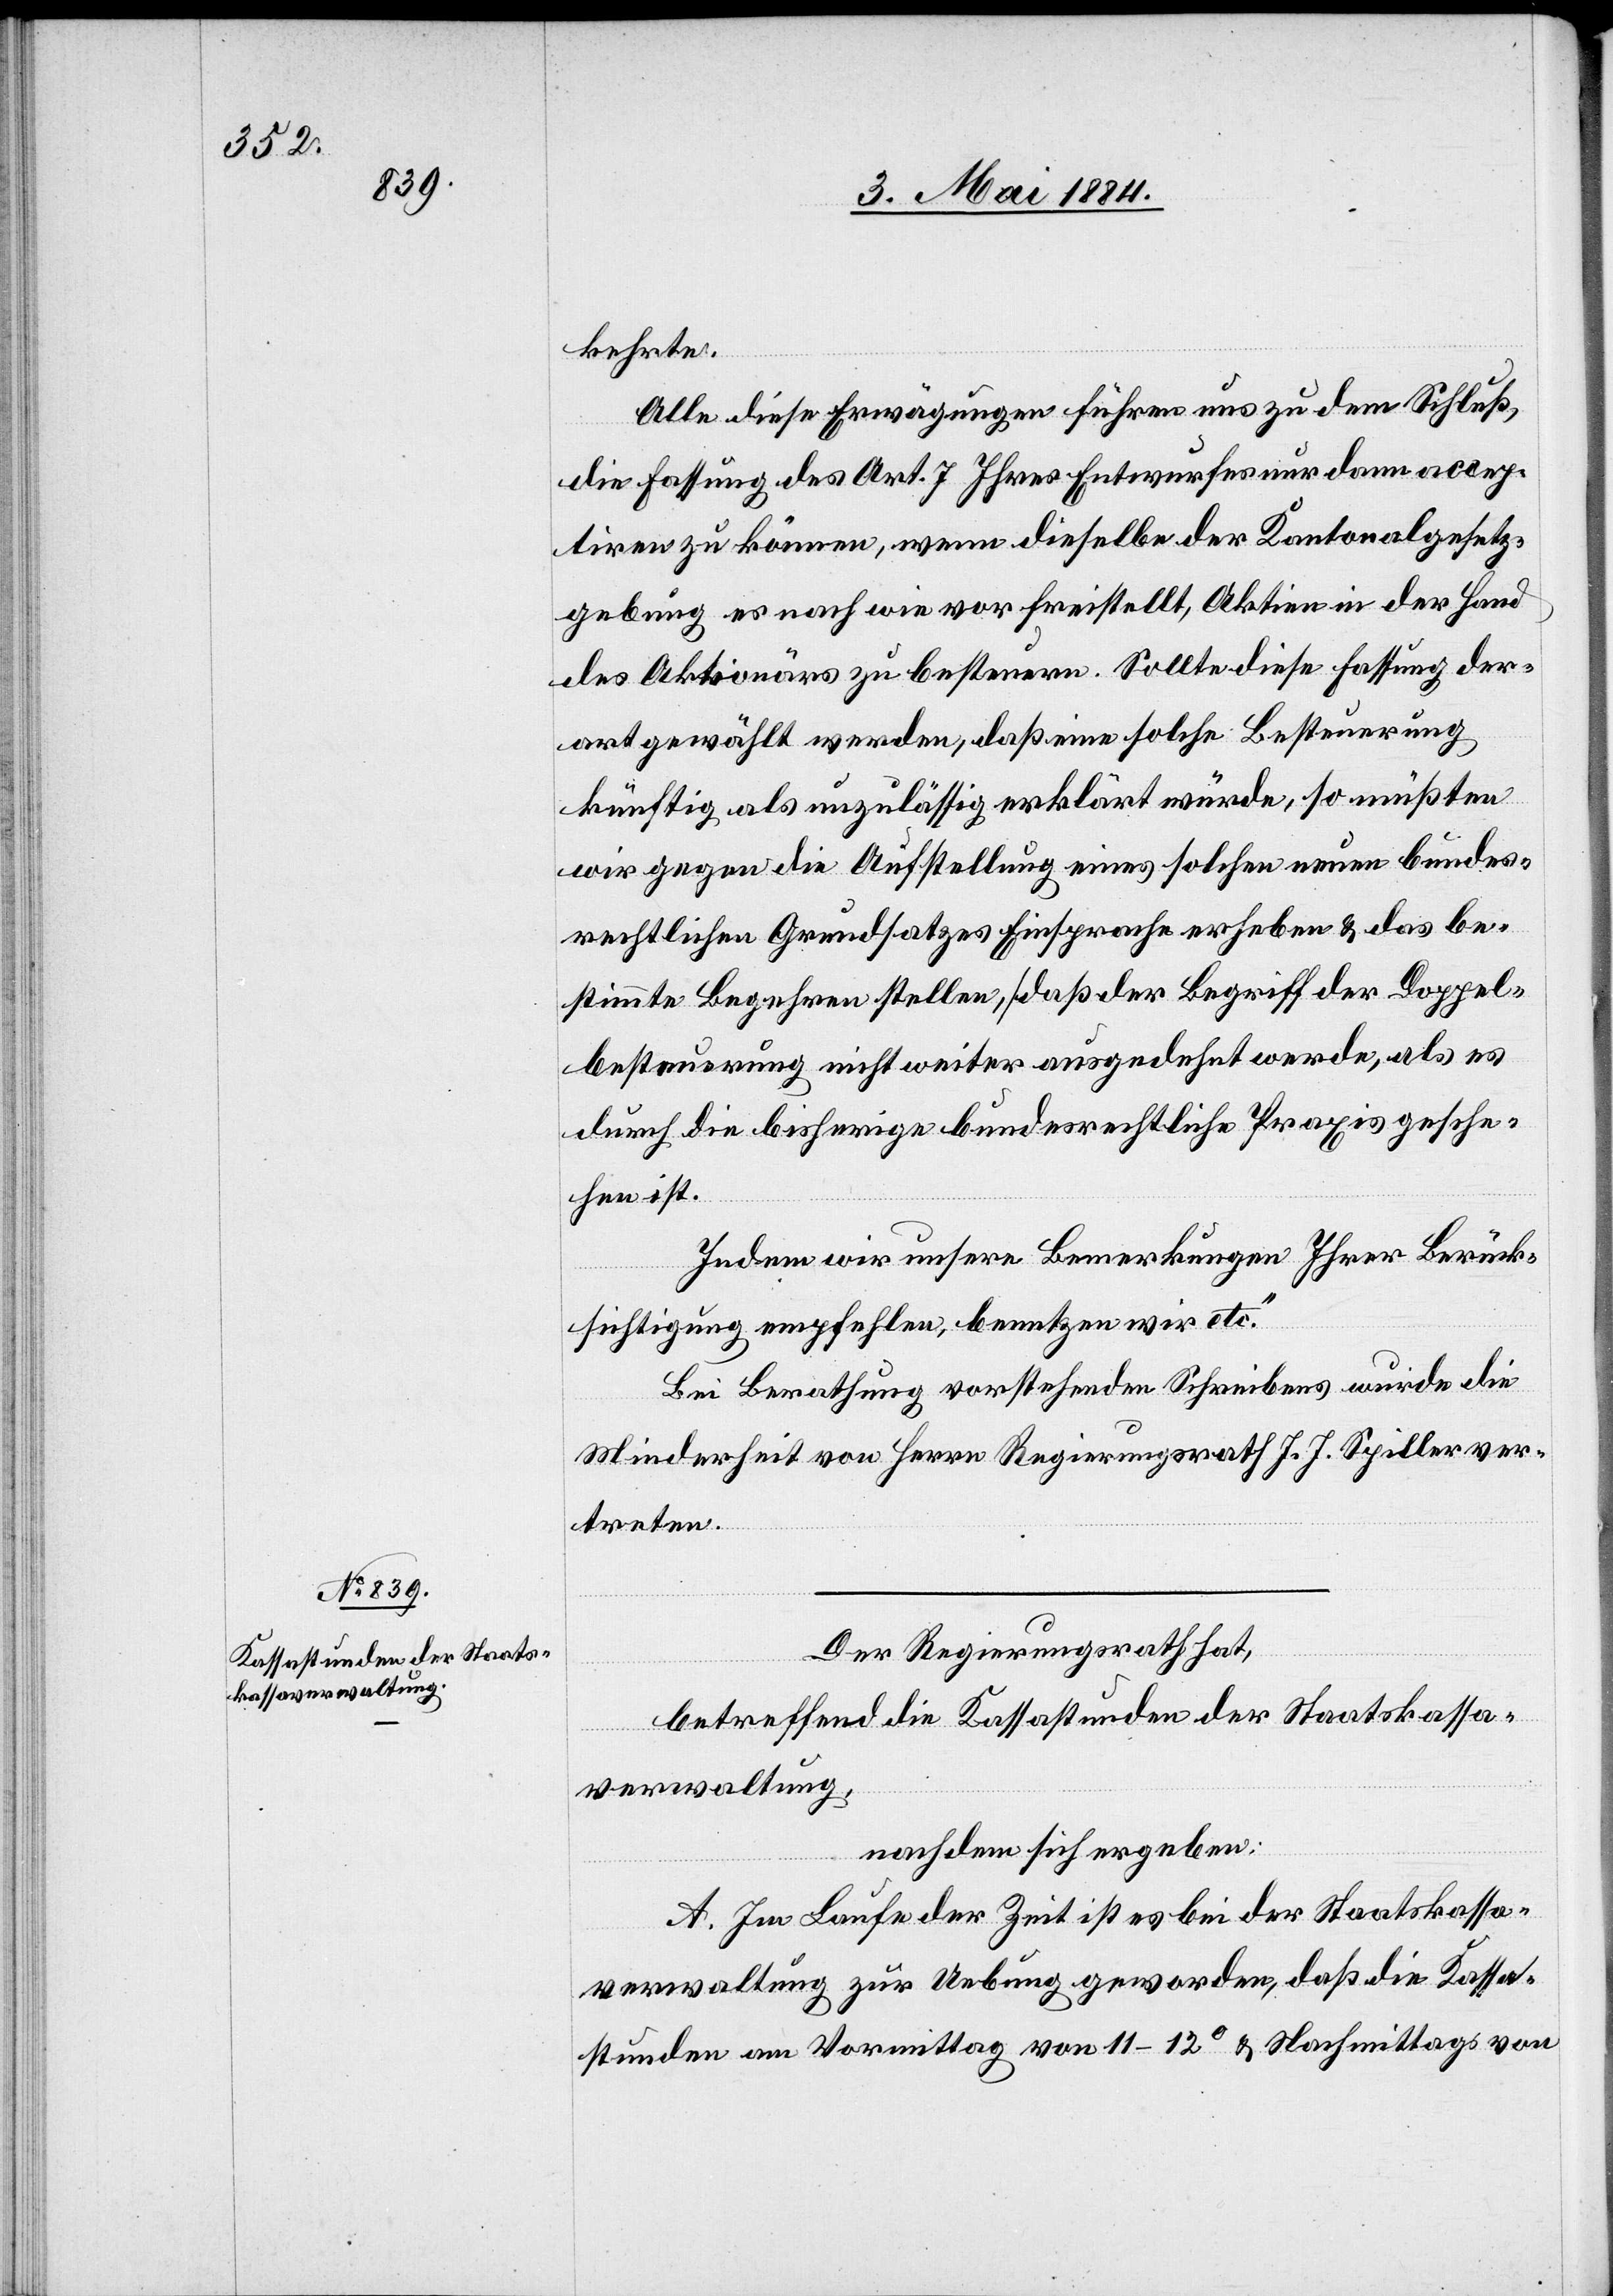
kehrte.
Alle diese Erwägungen führen uns zu dem Schluß
die Fassung des Art. 7 Ihres Entwurfes nur dann accep¬
tiren zu können, wenn dieselbe der Kantonalgesetz¬
gebung es nach wie vor freistellt, Aktien in der Hand
des Aktionärs zu besteuern. Sollte diese Fassung der¬
art gewählt werden, daß eine solche Besteuerung
künftig als unzulässig erklärt würde, so müßten
wir gegen die Aufstellung eines solchen neuen bundes¬
rechtlichen Grundsatzes Einsprache erheben & das be¬
stimmte Begehren stellen, daß der Begriff der Doppel¬
besteuerung nicht weiter ausgedehnt werde, als es
durch die bisherige bundesrechtliche Praxis gesche¬
hen ist.
Indem wir unsere Bemerkungen Ihrer Berück¬
sichtigung empfehlen, benutzen wir etc.“
Bei Berathung vorstehenden Schreibens wurde die
Minderheit von Herrn Regierungsrath J. J. Spiller ver¬
treten.
Der Regierungsrath hat,
betreffend die Kassastunden der Staatskassa¬
verwaltung,
nach dem sich ergeben:
A. Im Laufe der Zeit ist es bei der Staatskassa¬
verwaltung zur Uebung geworden, daß die Kassa¬
stunden am Vormittag von 11–120 & Nachmittags von